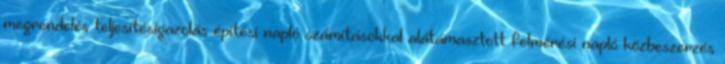
megrendelés teljesítésigazolás építési napló számításokkal alátámasztott felmérési napló közbeszerzés